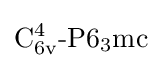
\mathrm {C_{6v}^{4}{\mbox{-}}P6_{3}mc}